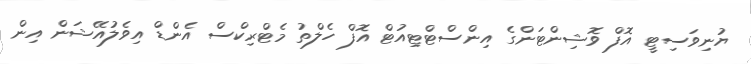
ޔުނިވަސިޓީ އޮފް ވޮޝިންޓަންގެ އިންސްޓްޓިއުޓް އޮފް ހެލްތު މެޓްރިކްސް އެންޑް އިވެލުއޭޝަން އިން